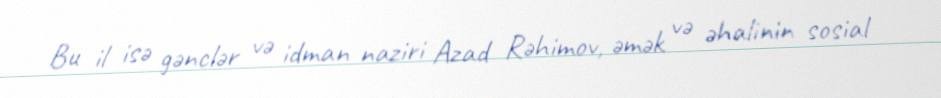
Bu il isə gənclər və idman naziri Azad Rəhimov, əmək və əhalinin sosial